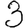
Digit: 3